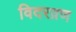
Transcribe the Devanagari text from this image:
विदरव्रण